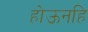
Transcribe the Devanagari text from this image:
होऊनहि